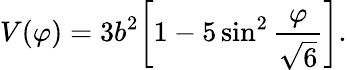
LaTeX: V(\varphi)=3b^{2}\biggl[1-5\sin^{2}\frac{\varphi}{\sqrt{6}}\biggr].